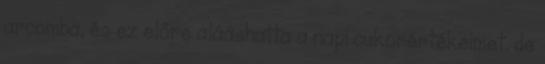
arcomba, és ez előre alááshatta a napi cukorértékeimet. de